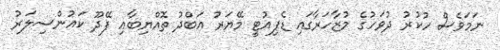
ނަމަވެސް ހުކުރު ދުވަހުގެ މުޒާހަރާގައި ޑެޕިއުޓީ މޭޔަރު އަބްދު ތޮއްޔިބާއި ފޭދޫ ކައުންސިލަރު